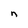
Character: n